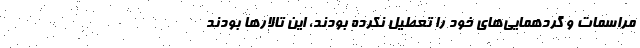
مراسمات و گردهمایی‌های خود را تعطیل نکرده بودند، این تالارها بودند